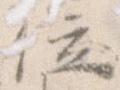
位